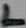
Text: L